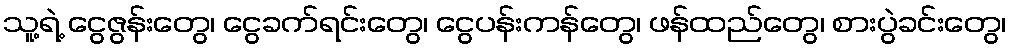
သူ့ရဲ့ ငွေဇွန်းတွေ၊ ငွေခက်ရင်းတွေ၊ ငွေပန်းကန်တွေ၊ ဖန်ထည်တွေ၊ စားပွဲခင်းတွေ၊